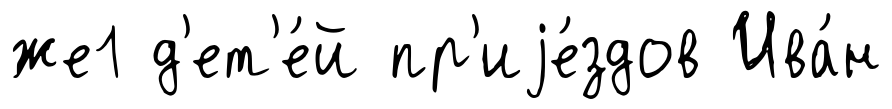
же1 д'ет'е́й пр'иjе́здов Ива́н